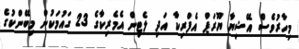
މިހާރުވެސް އޭޝިޔާ ޔޫރަޕް އެފްރިކާ އަދި ލެޓިން އެމެރިކާގެ 23 ގައުމަކުން މިބޭންކުގެ